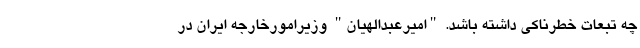
چه تبعات خطرناکی داشته باشد. "امیرعبدالهیان" وزیرامورخارجه ایران در